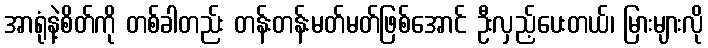
အာရုံနဲ့စိတ်ကို တစ်ခါတည်း တန်းတန်းမတ်မတ်ဖြစ်အောင် ဦးလှည့်ပေးတယ်၊ မြားများလို